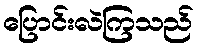
ပြောင်းလဲကြသည်